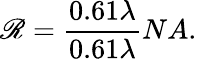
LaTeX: \mathscr{R}=\frac{{0.61\lambda}}{{0.61\lambda}}{{NA}}.